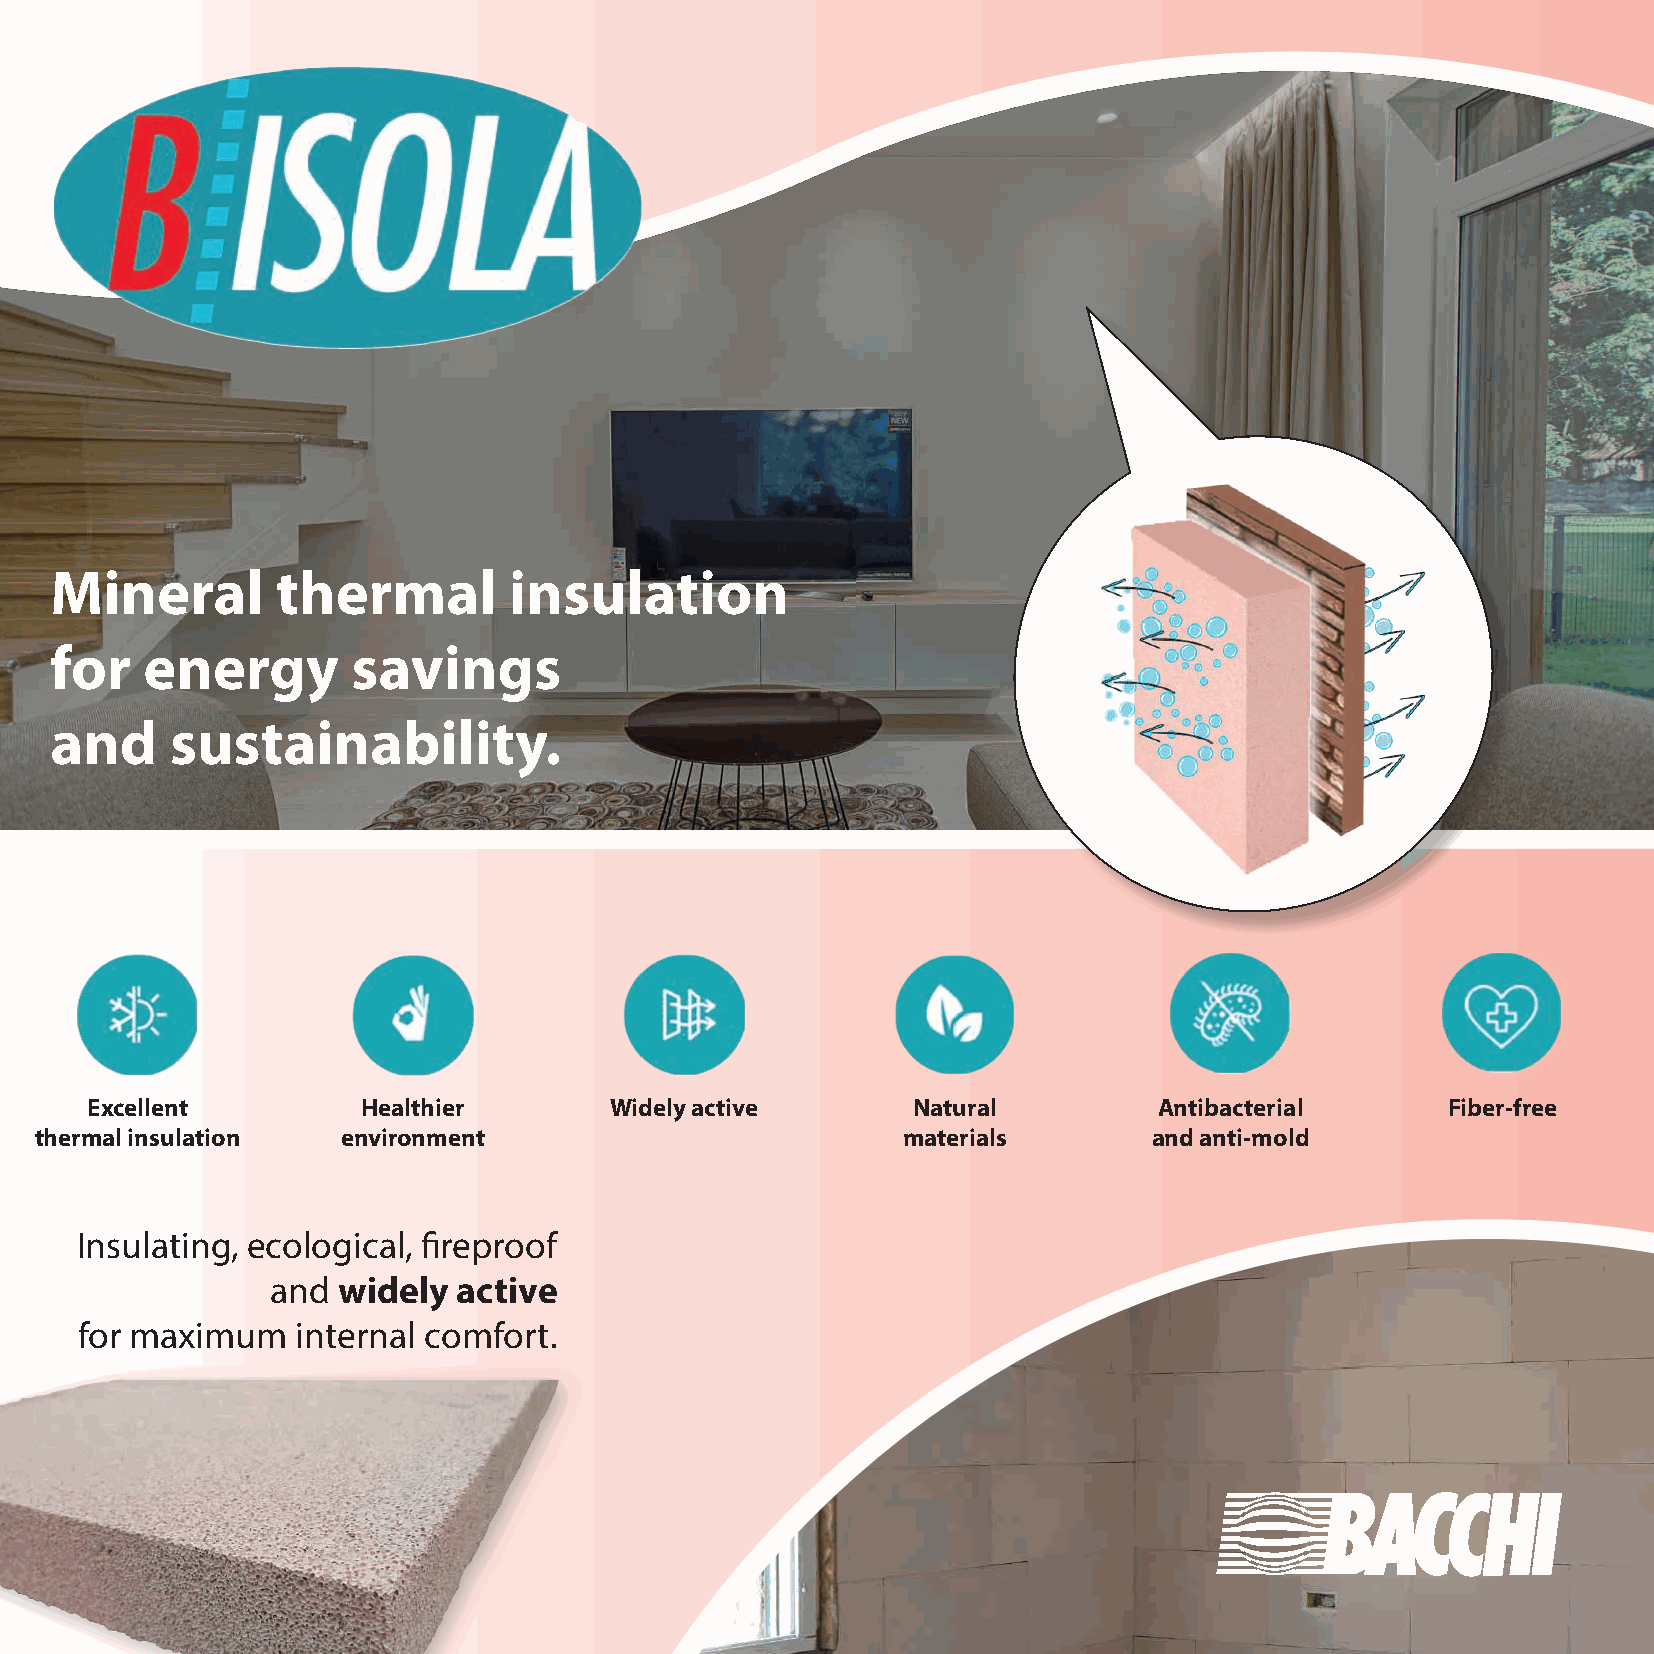
Mineral        thermal         insulation
 for   energy        savings
 and     sustainability.
 Excellent         Healthier       Widely active       Natural          Antibacterial      Fiber-free
 C:100.0 Pantone:
 thermal insulation   environment                          materials       and anti-mMo:0.0ld320 C
 Y:30.5
 K:6.0
 Insulating, ecological, fireproof
 and widely  active
 for maximum    internal comfort.